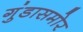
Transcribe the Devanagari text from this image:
गुंडासमोर